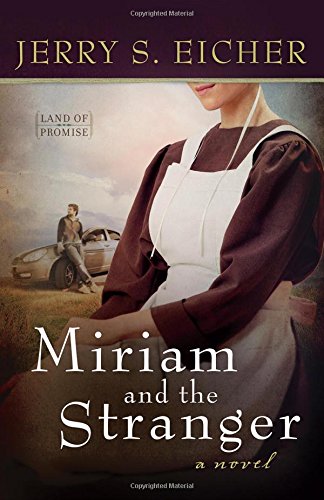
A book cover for Miriam and the Stranger (Land of Promise); Jerry S. Eicher; Romance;